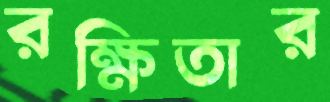
রক্ষিতার